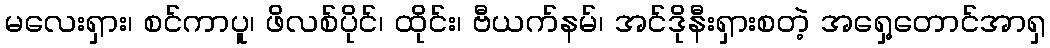
မလေးရှား၊ စင်ကာပူ၊ ဖိလစ်ပိုင်၊ ထိုင်း၊ ဗီယက်နမ်၊ အင်ဒိုနီးရှားစတဲ့ အရှေ့တောင်အာရှ